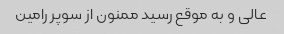
عالی و به موقع رسید ممنون از سوپر رامین